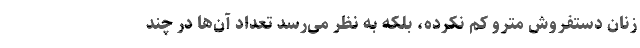
زنان دستفروش مترو کم نکرده، بلکه به نظر می‌رسد تعداد آن‌ها در چند